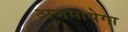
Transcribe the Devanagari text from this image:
अजमायेगा